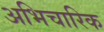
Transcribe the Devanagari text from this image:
अभिचारिक